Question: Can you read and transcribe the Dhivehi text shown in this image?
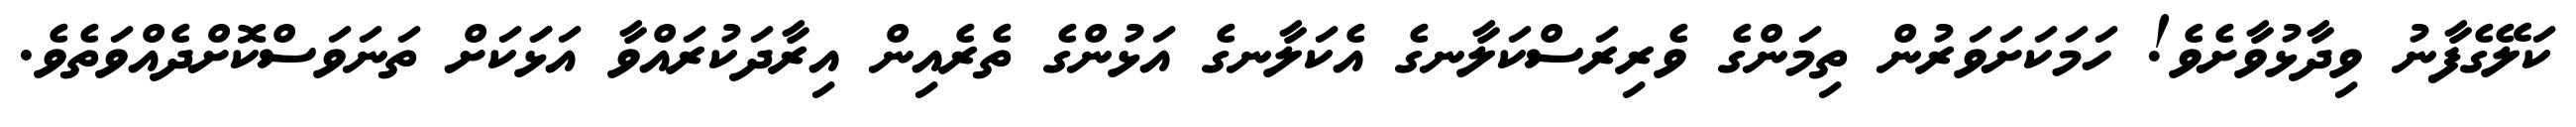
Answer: ކަލޭގެފާނު ވިދާޅުވާށެވެ! ހަމަކަށަވަރުން ތިމަންގެ ވެރިރަސްކަލާނގެ އެކަލާނގެ އަޅުންގެ ތެރެއިން އިރާދަކުރައްވާ އަޅަަކަށް ތަނަވަސްކޮށްދެއްވަތެވެ.